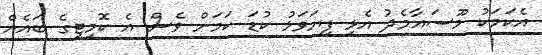
އެކަމަކު މޫސައާމެދު އެޅި ފިޔަވަޅު ކުޑަ ކަމަށް ވެސް އެ ކޮމިޓީގެ ބައެއް